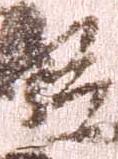
臣